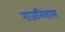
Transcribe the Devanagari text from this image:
राजनिवास्